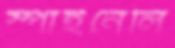
স্পাইনেলি